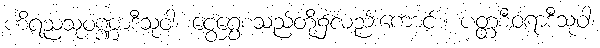
ဟိရညသုဝဏ္ဏာဒီသုဝါ၊ ငွေရွှေစသည်တို့၌လည်းကောင်း။ ပတ္တစီဝရာဒီသုဝါ၊